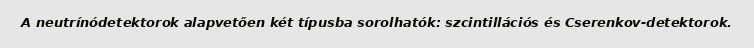
A neutrínódetektorok alapvetően két típusba sorolhatók: szcintillációs és Cserenkov-detektorok.